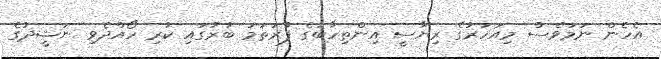
އެހެން ނަމަވެސް މިއަހަރުގެ ރިޔާސީ އިންތިހާބުގެ ފުރަތަމަ ބުރުގައި ކުރި ހޯއްދެވި ނަޝީދުގެ